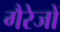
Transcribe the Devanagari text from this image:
गैरेजों